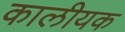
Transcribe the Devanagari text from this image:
कालीयक